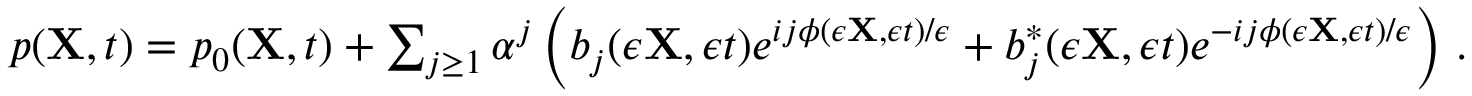
\begin{array} { r } { p ( { \mathbf { X } } , t ) = p _ { 0 } ( { \mathbf { X } } , t ) + \sum _ { j \geq 1 } \alpha ^ { j } \left( b _ { j } ( \epsilon { \mathbf { X } } , \epsilon t ) e ^ { i j \phi ( \epsilon { \mathbf { X } } , \epsilon t ) / \epsilon } + b _ { j } ^ { * } ( \epsilon { \mathbf { X } } , \epsilon t ) e ^ { - i j \phi ( \epsilon { \mathbf { X } } , \epsilon t ) / \epsilon } \right) \, . } \end{array}